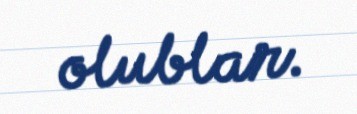
olublar.